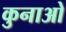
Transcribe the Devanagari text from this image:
कुनाओ